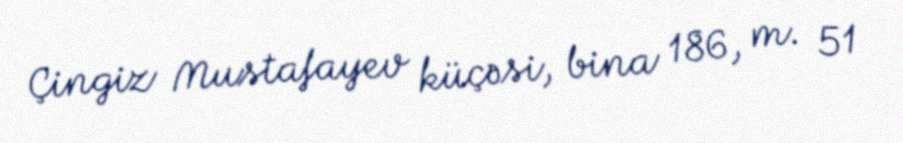
Çingiz Mustafayev küçəsi, bina 186, m. 51